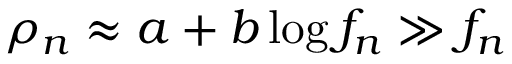
\rho _ { n } \approx a + b \log f _ { n } \gg f _ { n }